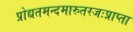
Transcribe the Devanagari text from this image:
प्रोद्यतमन्दमारुतरजःप्राप्ता